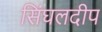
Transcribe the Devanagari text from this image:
सिंघलदीप